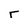
Character: r